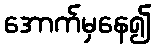
အောက်မှနေ၍